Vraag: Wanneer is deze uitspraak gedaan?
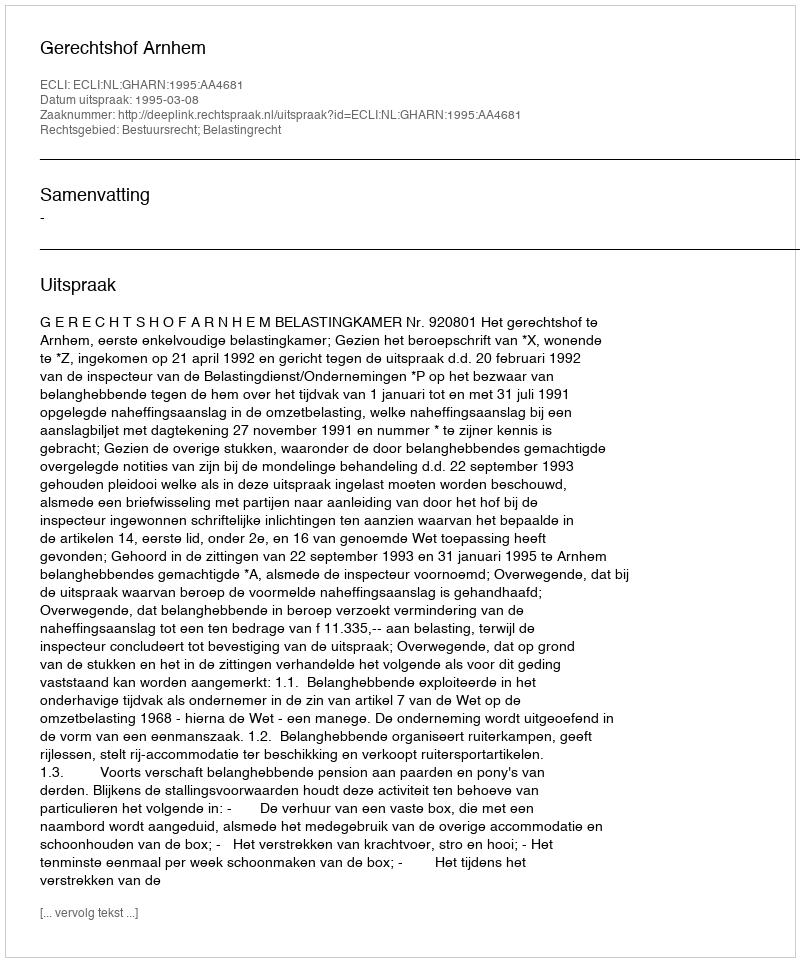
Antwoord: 1995-03-08